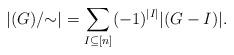
LaTeX: \begin{align*}|(G)/{\sim}|=\sum_{I\subseteq [n]}(-1)^{|I|}|(G-I)|.\end{align*}